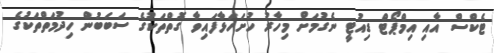
ޓެކްސް އާއި އިމްޕޯޓް ޑިއުޓީ ނެގުމަށް މިހާރު ހުށަހަޅާފައިވާ ގޮތްތަކުގެ ސަބަބުން ހިދުމަތްތަކުގެ